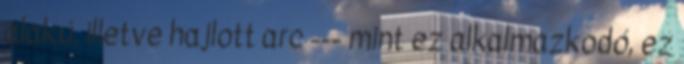
alakú, illetve hajlott arc --- mint ez alkalmazkodó, ez